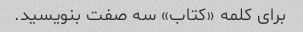
برای کلمه «کتاب» سه صفت بنویسید.